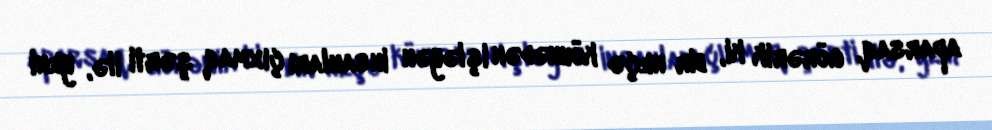
aparsaq, görərik ki, bir neçə köhnədən işləyən insanları çıxmaq şərti ilə, yeni